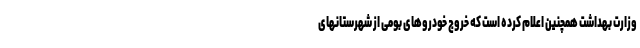
وزارت بهداشت همچنین اعلام کرده است که خروج خودروهای بومی از شهرستانهای